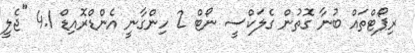
ރިޕޯޓްތައް ބުނާ ގޮތުން ގެލަކްސީ ނޯޓް 2 ހިންގާނީ އެންޑްރޮއިޑް 4.1 "ޖެލީ